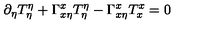
\partial _ { \eta } T _ { \eta } ^ { \eta } + \Gamma _ { x \eta } ^ { x } T _ { \eta } ^ { \eta } - \Gamma _ { x \eta } ^ { x } T _ { x } ^ { x } = 0